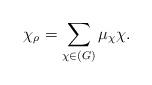
LaTeX: \begin{align*} \chi_\rho=\sum_{\chi\in(G)}\mu_\chi\chi.\end{align*}